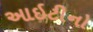
આઇટીનો